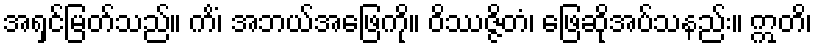
အရှင်မြတ်သည်။ ကိံ၊ အဘယ်အဖြေကို။ ဝိဿဇ္ဇိတံ၊ ဖြေဆိုအပ်သနည်း။ ဣတိ၊